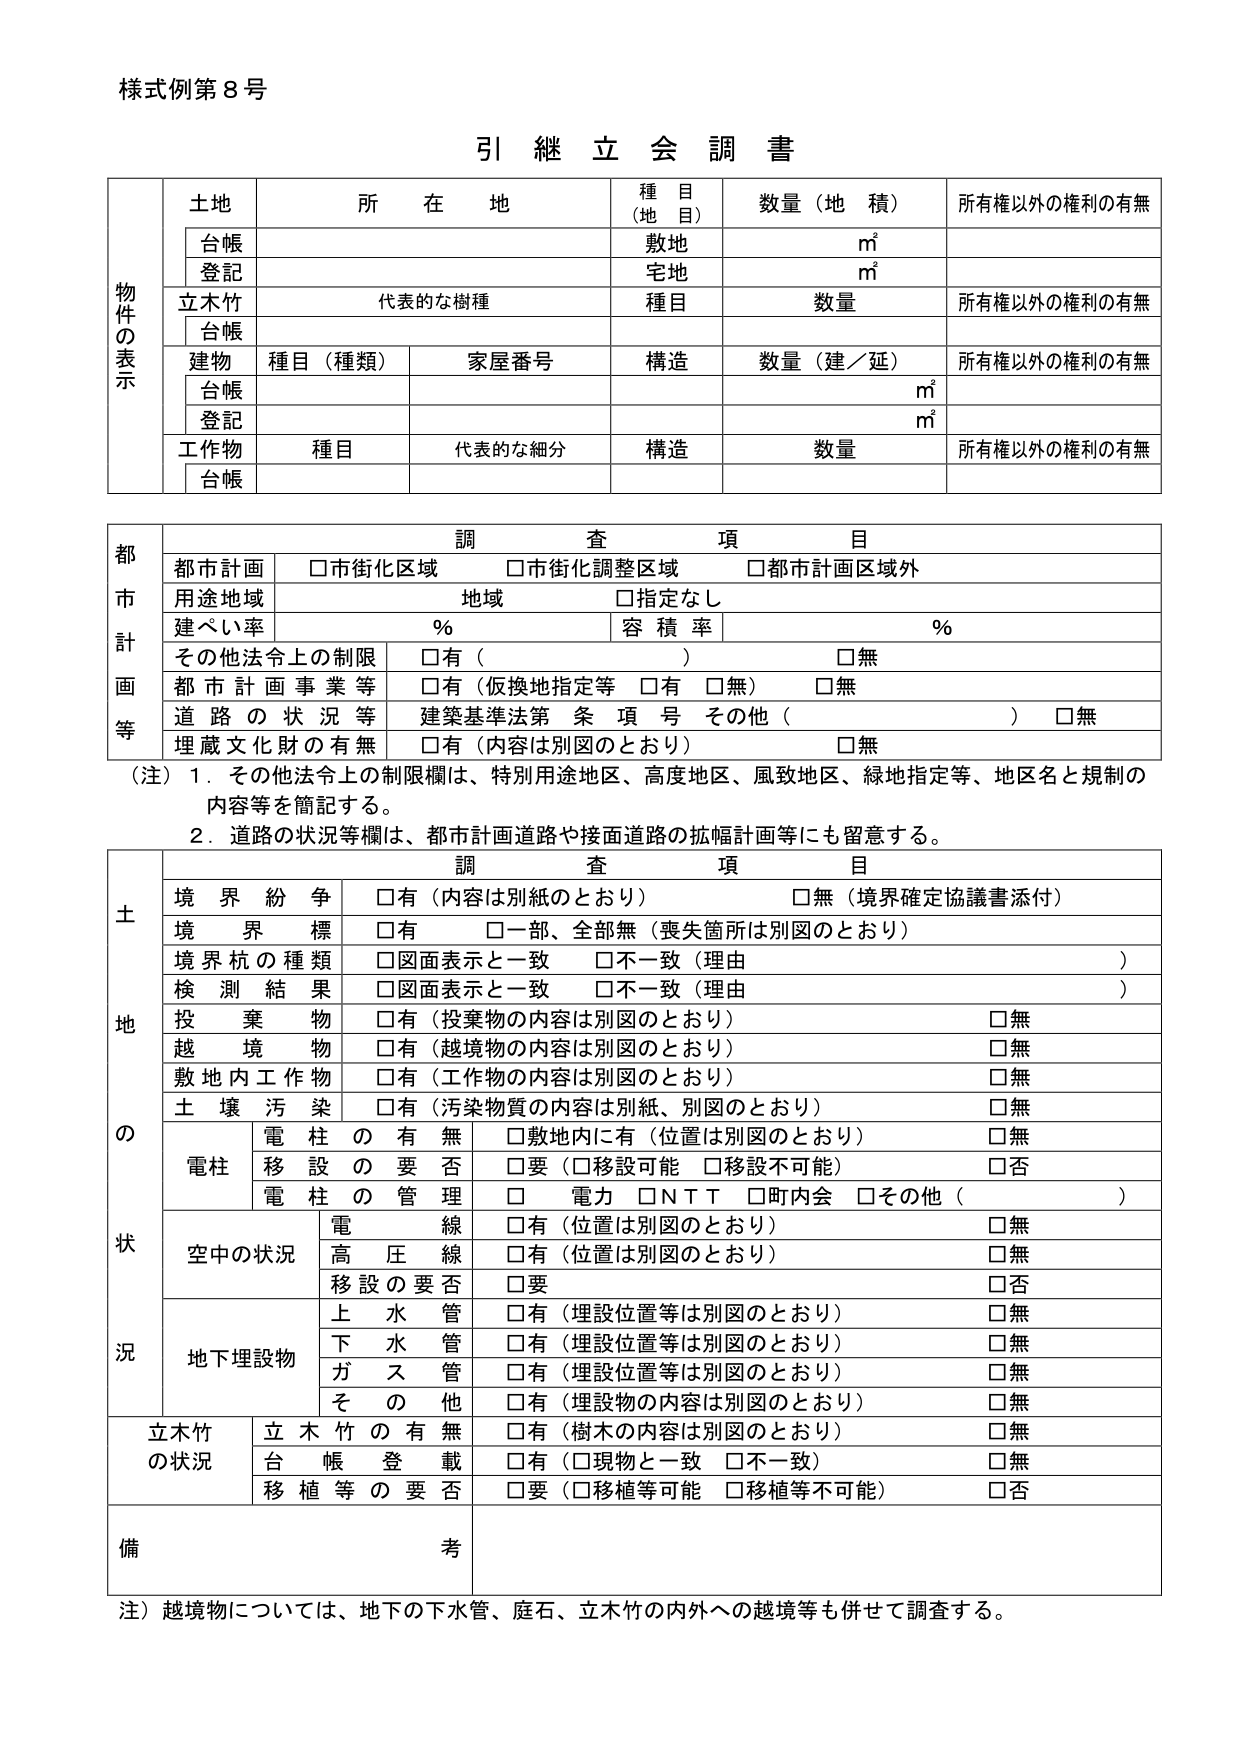
様式例第8号

引 継 立 会 調 書

物件の表示
土地
所在 地
種目（地目）
数量（地積）
所有権以外の権利の有無
　台帳
　　敷地
　　㎡
　登記
　　宅地
　　㎡
立木竹
　代表的な樹種
　種目
　数量
　所有権以外の権利の有無
　　台帳
建物
　種目（種類）
　家屋番号
　構造
　数量（建／延）
　所有権以外の権利の有無
　　台帳
　　㎡
　登記
　　㎡
工作物
　種目
　代表的な細分
　構造
　数量
　所有権以外の権利の有無
　　台帳

都市計画等
調査項目
　都市計画
　　□市街化区域
　　□市街化調整区域
　　□都市計画区域外
　用途地域
　　地域
　　□指定なし
　建ぺい率
　　％
　　容積率
　　％
　その他法令上の制限
　　□有（　　　　　　　　　　　　）　□無
　都市計画事業等
　　□有（仮換地指定等　□有　□無）　□無
　道路の状況等
　　建築基準法第　条　項　号　その他（　　　　　　　　　　）　□無
　埋蔵文化財の有無
　　□有（内容は別図のとおり）　□無

（注）1．その他法令上の制限欄は、特別用途地区、高度地区、風致地区、緑地指定等、地区名と規制の内容等を簡記する。
　　2．道路の状況等欄は、都市計画道路や接面道路の拡幅計画等にも留意する。

土地の状況
調査項目
　境界紛争
　　□有（内容は別紙のとおり）　□無（境界確定協議書添付）
　境界標
　　□有　□一部、全部無（喪失箇所は別図のとおり）
　境界杭の種類
　　□図面表示と一致　□不一致（理由　　　　　　　　　　　　）
　検測結果
　　□図面表示と一致　□不一致（理由　　　　　　　　　　　　）
　投棄物
　　□有（投棄物の内容は別図のとおり）　□無
　越境物
　　□有（越境物の内容は別図のとおり）　□無
　敷地内工作物
　　□有（工作物の内容は別図のとおり）　□無
　土壌汚染
　　□有（汚染物質の内容は別紙、別図のとおり）　□無
　電柱
　　電柱の有無
　　　□敷地内に有（位置は別図のとおり）　□無
　　移設の要否
　　　□要（□移設可能　□移設不可能）　□否
　　電柱の管理
　　　□電力　□NTT　□町内会　□その他（　　　　　　　　）
　空中の状況
　　電線
　　　□有（位置は別図のとおり）　□無
　　高圧線
　　　□有（位置は別図のとおり）　□無
　　移設の要否
　　　□要　□否
　地下埋設物
　　上水管
　　　□有（埋設位置等は別図のとおり）　□無
　　下水管
　　　□有（埋設位置等は別図のとおり）　□無
　　ガス管
　　　□有（埋設位置等は別図のとおり）　□無
　　その他
　　　□有（埋設物の内容は別図のとおり）　□無
　立木竹の状況
　　立木竹の有無
　　　□有（樹木の内容は別図のとおり）　□無
　　台帳登載
　　　□有（□現物と一致　□不一致）　□無
　　移植等の要否
　　　□要（□移植等可能　□移植等不可能）　□否

備考

注）越境物については、地下の下水管、庭石、立木竹の内外への越境等も併せて調査する。